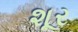
શૂર